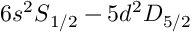
6 s { ^ { 2 } S } _ { 1 / 2 } \ensuremath { - } 5 d { ^ { 2 } D } _ { 5 / 2 }